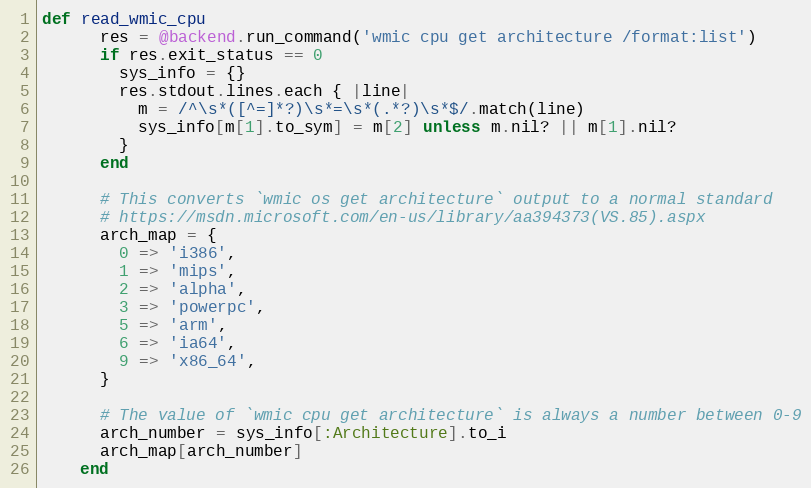
Language: Ruby
def read_wmic_cpu
      res = @backend.run_command('wmic cpu get architecture /format:list')
      if res.exit_status == 0
        sys_info = {}
        res.stdout.lines.each { |line|
          m = /^\s*([^=]*?)\s*=\s*(.*?)\s*$/.match(line)
          sys_info[m[1].to_sym] = m[2] unless m.nil? || m[1].nil?
        }
      end

      # This converts `wmic os get architecture` output to a normal standard
      # https://msdn.microsoft.com/en-us/library/aa394373(VS.85).aspx
      arch_map = {
        0 => 'i386',
        1 => 'mips',
        2 => 'alpha',
        3 => 'powerpc',
        5 => 'arm',
        6 => 'ia64',
        9 => 'x86_64',
      }

      # The value of `wmic cpu get architecture` is always a number between 0-9
      arch_number = sys_info[:Architecture].to_i
      arch_map[arch_number]
    end